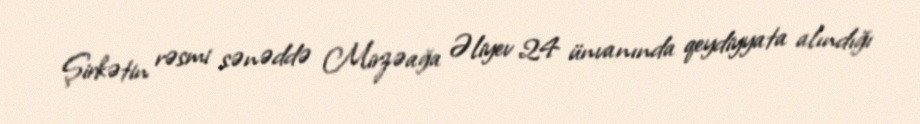
Şirkətin rəsmi sənəddə Mirzəağa Əliyev 24 ünvanında qeydiyyata alındığı